Distribution and causation of leprosy in British India
Year: 1875
Disease focus: Leprosy
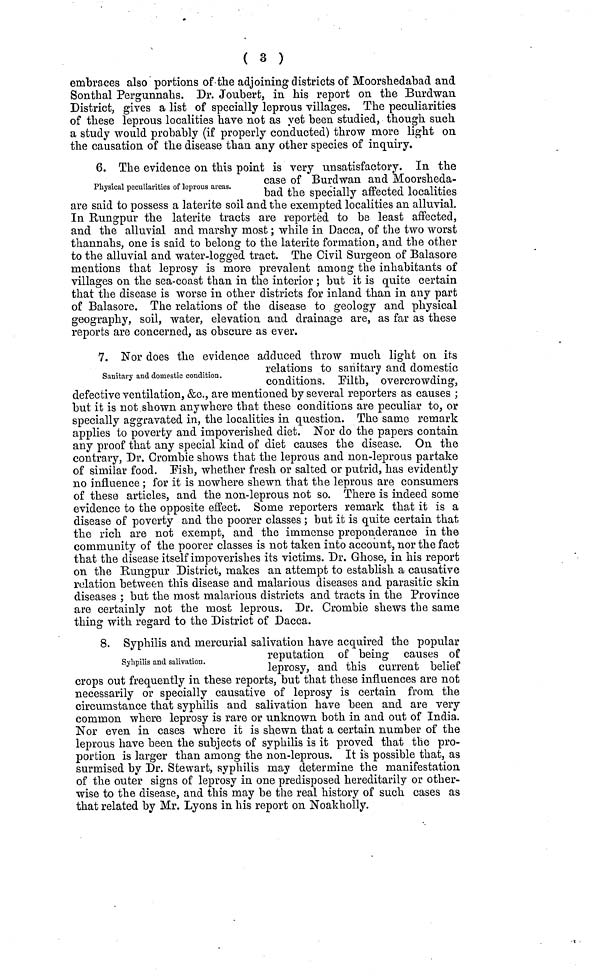
( 3 )
embraces also portions of the adjoining districts of Moorshedabad and
Sonthal Pergunnahs. Dr. Joubert, in his report on the Burdwan
District, gives a list of specially leprous villages. The peculiarities
of these leprous localities have not as yet been studied, though such
a study would probably (if properly conducted) throw more light on
the causation of the disease than any other species of inquiry.
Physical peculiarities of leprous areas.
6. The evidence on this point is very unsatisfactory. In the
case of Burdwan and Moorsheda-
bad the specially affected localities
are said to possess a laterite soil and the exempted localities an alluvial.
In Rungpur the laterite tracts are reported to be least affected,
and the alluvial and marshy most ; while in Dacca, of the two worst
thannahs, one is said to belong to the laterite formation, and the other
to the alluvial and water-logged tract. The Civil Surgeon of Balasore
mentions that leprosy is more prevalent among the inhabitants of
villages on the sea-coast than in the interior ; but it is quite certain
that the disease is worse in other districts for inland than in any part
of Balasore. The relations of the disease to geology and physical
geography, soil, water, elevation and drainage are, as far as these
reports are concerned, as obscure as ever.
Sanitary and domestic condition.
7. Nor does the evidence adduced throw much light on its
relations to sanitary and domestic
conditions. Filth, overcrowding',
defective ventilation, &c., are mentioned by several reporters as causes ;
but it is not shown anywhere that these conditions are peculiar to, or
specially aggravated in, the localities in question. The same remark
applies to poverty and impoverished diet. Nor do the papers contain
any proof that any special kind of diet causes the disease. On the
contrary, Dr. Crombie shows that the leprous and non-leprous partake
of similar food. Fish, whether fresh or salted or putrid, has evidently
no influence ; for it is nowhere shewn that the leprous are consumers
of these articles, and the non-leprous not so. There is indeed some
evidence to the opposite effect. Some reporters remark that it is a
disease of poverty and the poorer classes ; but it is quite certain that
the rich are not exempt, and the immense preponderance in the
community of the poorer classes is not taken into account, nor the fact
that the disease itself impoverishes its victims. Dr. Ghose, in his report
on the Rungpur District, makes an attempt to establish a causative
relation between this disease and malarious diseases and parasitic skin
diseases ; but the most malarious districts and tracts in the Province
are certainly not the most leprous. Dr. Crombie shews the same
thing with regard to the District of Dacca.
Syhpilis and salivation.
8. Syphilis and mercurial salivation have acquired the popular
reputation or being causes or
leprosy, and this current belief
crops out frequently in these reports, but that these influences are not
necessarily or specially causative of leprosy is certain from the
circumstance that syphilis and salivation have been and are very
common where leprosy is rare or unknown both in and out of India.
Nor even in cases where it is shewn that a certain number of the
leprous have been the subjects of syphilis is it proved that the pro-
portion is larger than among the non-leprous. It is possible that, as
surmised by Dr. Stewart, syphilis may determine the manifestation
of the outer signs of leprosy in one predisposed hereditarily or other-
wise to the disease, and this may be the real history of such cases as
that related by Mr. Lyons in his report on Noakholly.